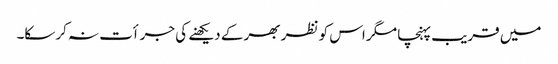
میں قریب پہنچا مگر اس کو نظر بھر کے دیکھنے کی جرأت نہ کرسکا۔